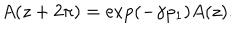
A ( z + 2 \pi ) = \exp \left( - \gamma p _ { 1 } \right) A ( z ) .